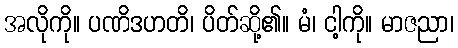
အလိုကို။ ပဏိဒဟတိ၊ ပိတ်ဆို့၏။ မံ၊ ငါ့ကို။ မာဇညာ၊